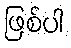
ဖြစ်ပါ